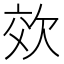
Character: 𭭉